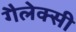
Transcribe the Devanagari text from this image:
गैलेक्‍सी